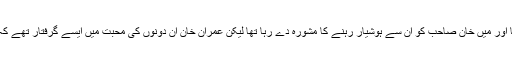
تب میں ان دونوں کی بعض پالیسیوں کا شدید ناقد تھا اور میں خان صاحب کو ان سے ہوشیار رہنے کا مشورہ دے رہا تھا لیکن عمران خان ان دونوں کی محبت میں ایسے گرفتار تھے کہ ان کے خلاف کوئی بات سننے کو تیار نہیں تھے ۔